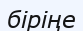
біріңе